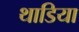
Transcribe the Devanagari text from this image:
थाडिया